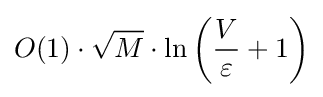
O(1)\cdot {\sqrt {M}}\cdot \ln \left({\frac {V}{\varepsilon }}+1\right)